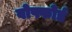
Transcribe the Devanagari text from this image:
वोफ्फोर्ड